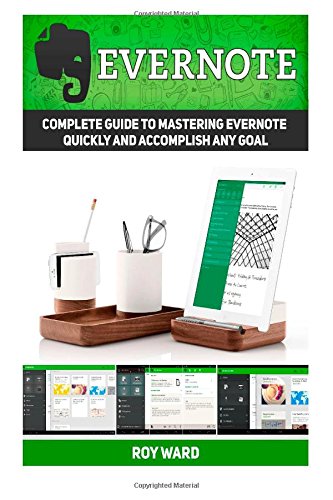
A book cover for Evernote: Complete Guide to Mastering Evernote Quickly and Accomplish Any Goal (Evernote, Evernote Books, Evernote Essentials); Roy Ward; Computers & Technology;